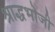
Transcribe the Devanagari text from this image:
श्राद्धभोजी